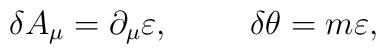
\delta A_{\mu} = \partial_{\mu}\varepsilon , \makebox[1cm]{}\delta\theta = m\varepsilon ,